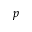
\boldsymbol { p }